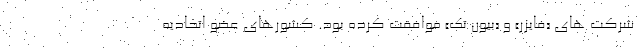
شرکت های «فایزر» و «بیون تک» موافقت کرده بود. کشورهای عضو اتحادیه